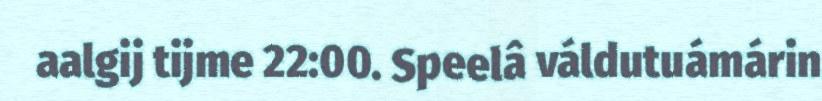
aalgij tijme 22:00. Speelâ váldutuámárin